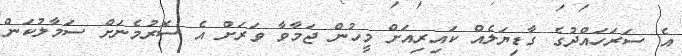
އެ ސަރަހައްދުގެ ގާޑިޔަލެއް ކައިރިއަށް މީހުން ޖަމާވާ ވަރަށް އެ ސޮރުމެނަށް ސަމާލުކަން